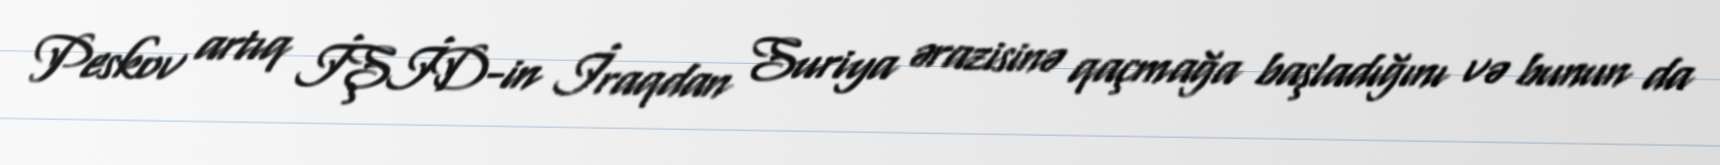
Peskov artıq İŞİD-in İraqdan Suriya ərazisinə qaçmağa başladığını və bunun da